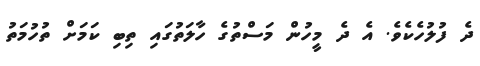
ދެ ފުލުހެކެވެ. އެ ދެ މީހުން މަސްތުގެ ހާލަތުގައި ތިބި ކަމަށް ތުހުމަތު